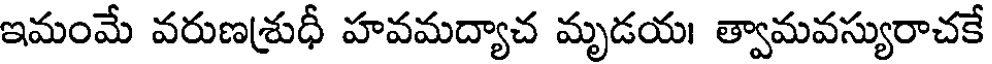
ఇమంమే వరుణశ్రుధీ హవమద్యాచ మృడయ। త్వామవస్యురాచకే